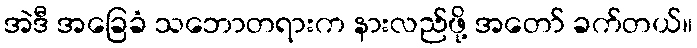
အဲဒီ အခြေခံ သဘောတရားက နားလည်ဖို့ အတော် ခက်တယ်။